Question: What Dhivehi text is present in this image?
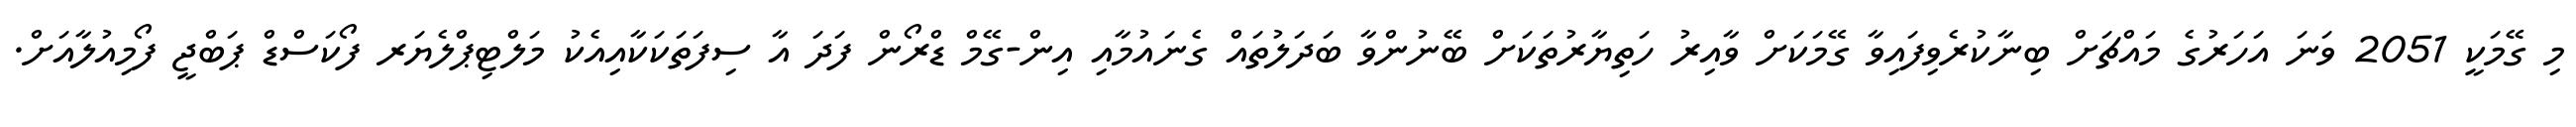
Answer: މި ގޭމަކީ 2051 ވަނަ އަހަރުގެ މައްޗަށް ބިނާކުރެވިފައިވާ ގޭމަކަށް ވާއިރު ހަތިޔާރުތަކަށް ބޭނުންވާ ބަދަލުތައް ގެނައުމާއި އިން-ގޭމް ޑްރޯން ފަދަ އާ ސިފަތަކަކާއިއެކު މަލްޓިޕްލެޔަރ ފޯކަސްޑް ޕަބްޖީ ފޯމިއުލާއަށް.